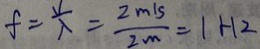
f = \frac { V } { \lambda } = \frac { 2 m / s } { 2 m } = 1 H z